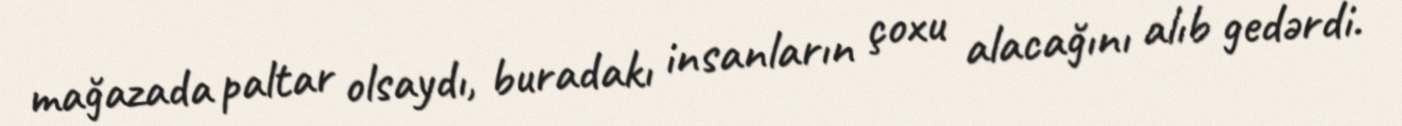
mağazada paltar olsaydı, buradakı insanların çoxu alacağını alıb gedərdi.